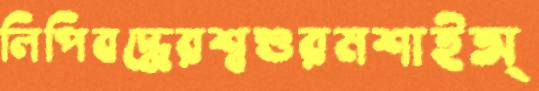
লিপিবদ্ধেরশ্বশুরমশাইঅ্